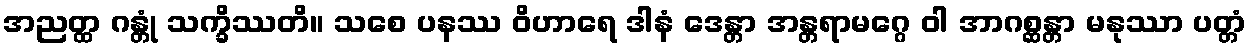
အညတ္ထ ဂန္တုံ သက္ခိဿတိ။ သစေ ပနဿ ဝိဟာရေ ဒါနံ ဒေန္တာ အန္တရာမဂ္ဂေ ဝါ အာဂစ္ဆန္တာ မနုဿာ ပတ္တံ